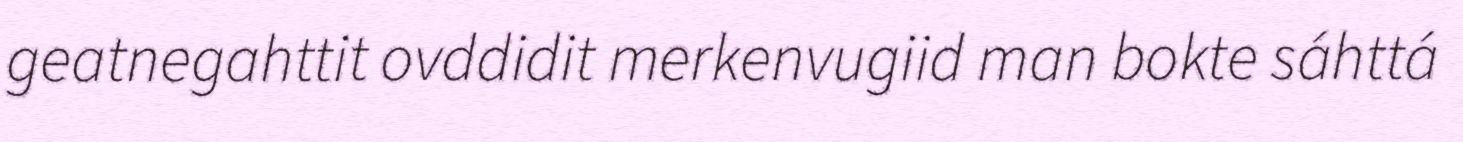
geatnegahttit ovddidit merkenvugiid man bokte sáhttá